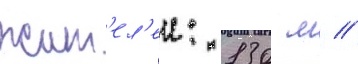
жит'ел'еи: 130 м //